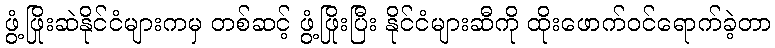
ဖွံ့ဖြိုးဆဲနိုင်ငံများကမှ တစ်ဆင့် ဖွံ့ဖြိုးပြီး နိုင်ငံများဆီကို ထိုးဖောက်ဝင်ရောက်ခဲ့တာ